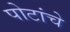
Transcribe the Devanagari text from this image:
पोटांचे